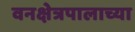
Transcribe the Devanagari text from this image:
वनक्षेत्रपालाच्या